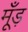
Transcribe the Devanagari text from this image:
मूँड़